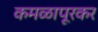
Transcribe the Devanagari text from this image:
कमळापूरकर